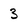
Character: 3